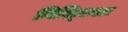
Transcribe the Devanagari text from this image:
निश्श्चित